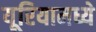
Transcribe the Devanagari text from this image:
यूरियामध्ये